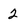
Character: 2